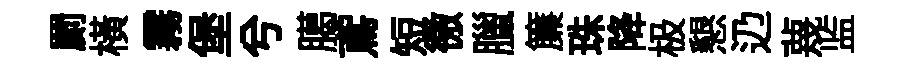
罽横霧堡兮臈鳶短徼臘簾珠降极懇辸蔑监